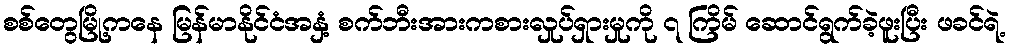
စစ်တွေမြို့ကနေ မြန်မာနိုင်ငံအနှံ့ စက်ဘီးအားကစားလှုပ်ရှားမှုကို ၇ ကြိမ် ဆောင်ရွက်ခဲ့ဖူးပြီး ဖခင်ရဲ့